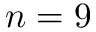
n = 9